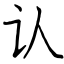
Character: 认